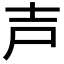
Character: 𡔜